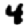
Digit: 4